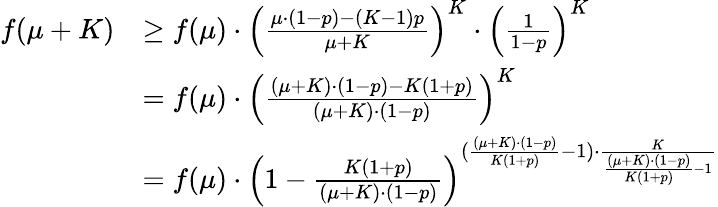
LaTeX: \begin{array}{rl}{f(\mu+K)}&{\geq f(\mu)\cdot\left(\frac{\mu\cdot(1-p)-(K-1)p}{\mu+K}\right)^{K}\cdot\left(\frac{1}{1-p}\right)^{K}}\\ &{=f(\mu)\cdot\left(\frac{(\mu+K)\cdot(1-p)-K(1+p)}{(\mu+K)\cdot(1-p)}\right)^{K}}\\ &{=f(\mu)\cdot\left(1-\frac{K(1+p)}{(\mu+K)\cdot(1-p)}\right)^{(\frac{(\mu+K)\cdot(1-p)}{K(1+p)}-1)\cdot\frac{K}{\frac{(\mu+K)\cdot(1-p)}{K(1+p)}-1}}}\end{array}